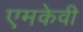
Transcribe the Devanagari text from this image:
एमकेवी